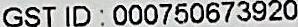
GST ID: 000750673920